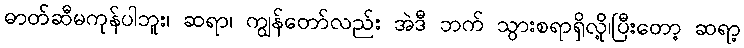
ဓာတ်ဆီမကုန်ပါဘူး၊ ဆရာ၊ ကျွန်တော်လည်း အဲဒီ ဘက် သွားစရာရှိလို့၊ပြီးတော့ ဆရာ့